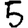
Digit: 5